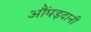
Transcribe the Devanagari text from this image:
औंघड़दानी